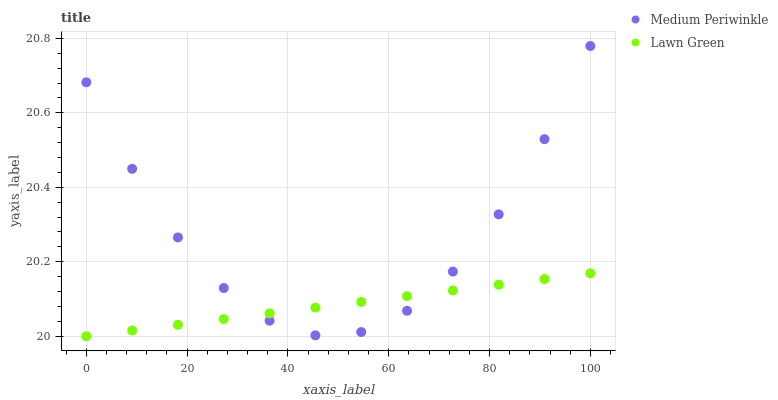
| xaxis_label | Medium Periwinkle | Lawn Green |
 | --- | --- | --- |
 | 0 | 20.7 | 20 |
 | 9.09 | 20.4 | 20 |
 | 18.2 | 20.3 | 20 |
 | 27.3 | 20.1 | 20 |
 | 36.4 | 20 | 20.1 |
 | 45.5 | 20 | 20.1 |
 | 54.5 | 20 | 20.1 |
 | 63.6 | 20.1 | 20.1 |
 | 72.7 | 20.2 | 20.1 |
 | 81.8 | 20.3 | 20.1 |
 | 90.9 | 20.5 | 20.2 |
 | 100 | 20.8 | 20.2 |